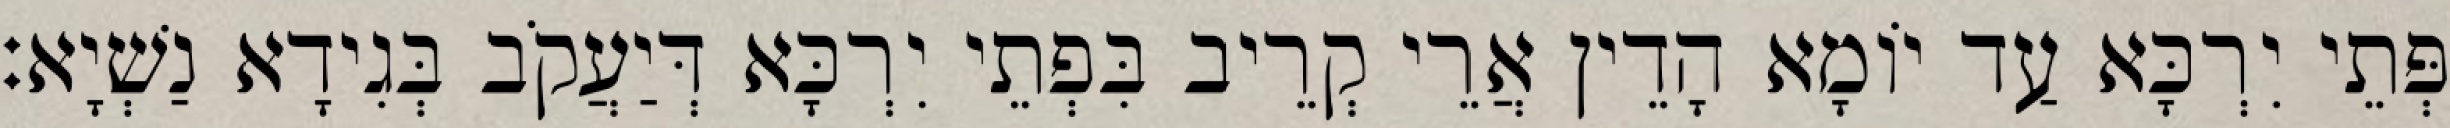
פְּתֵי יִרְכָּא עַד יוֹמָא הָדֵין אֲרֵי קְרֵיב בִּפְתֵי יִרְכָּא דְּיַעֲקֹב בְּגִידָא נַשְׁיָא׃